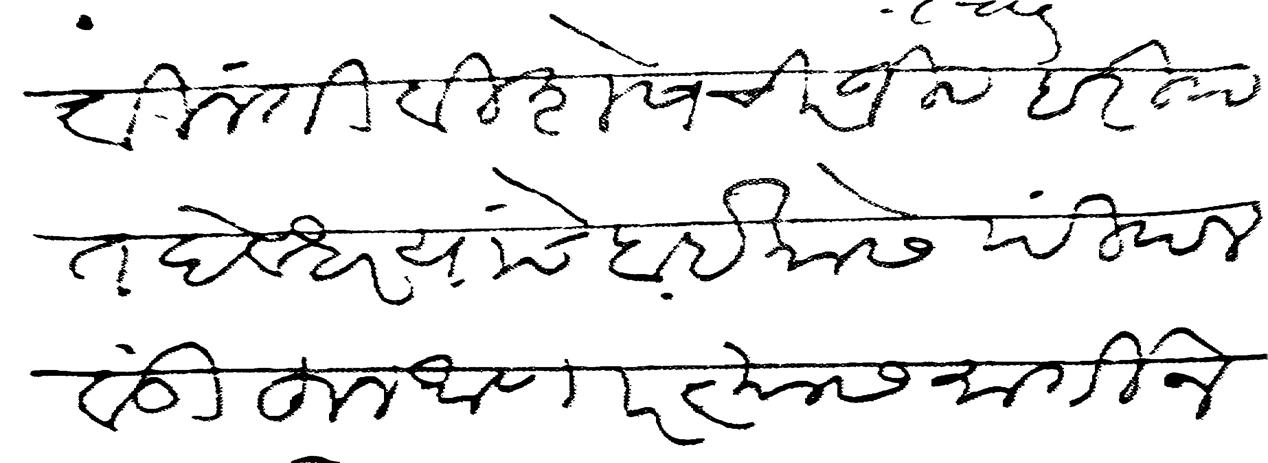
Transliteration (Devanagari): विनंती विशेष चिरंजीव हरीपंत देवधर यांचे बाईकोस पिंपलवंडीहून आणार त्यास मार्गी न